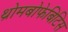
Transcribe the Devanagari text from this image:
थ्रोमबोफेबिटिस